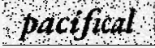
pacifical